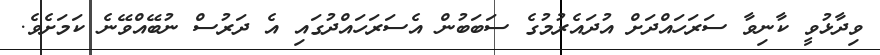
ވިދާޅުވީ ކާނިވާ ސަރަހައްދަށް އުދައެރުމުގެ ސަބަބުން އެސަރަހައްދުގައި އެ ދަރުސް ނުބޭއްވޭނެ ކަމަށެވެ.